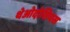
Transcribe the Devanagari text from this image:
थेओदोसियस